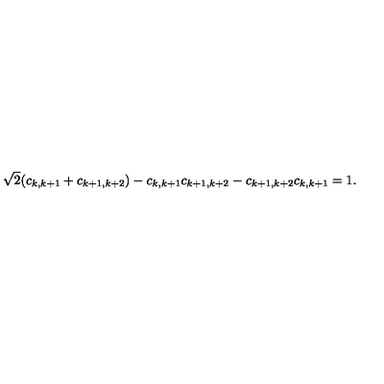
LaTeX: \sqrt { 2 } ( c _ { k , k + 1 } + c _ { k + 1 , k + 2 } ) - c _ { k , k + 1 } c _ { k + 1 , k + 2 } - c _ { k + 1 , k + 2 } c _ { k , k + 1 } = 1 .